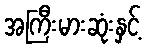
အကြီးမားဆုံးနှင့်